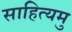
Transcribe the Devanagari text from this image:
साहित्यमु